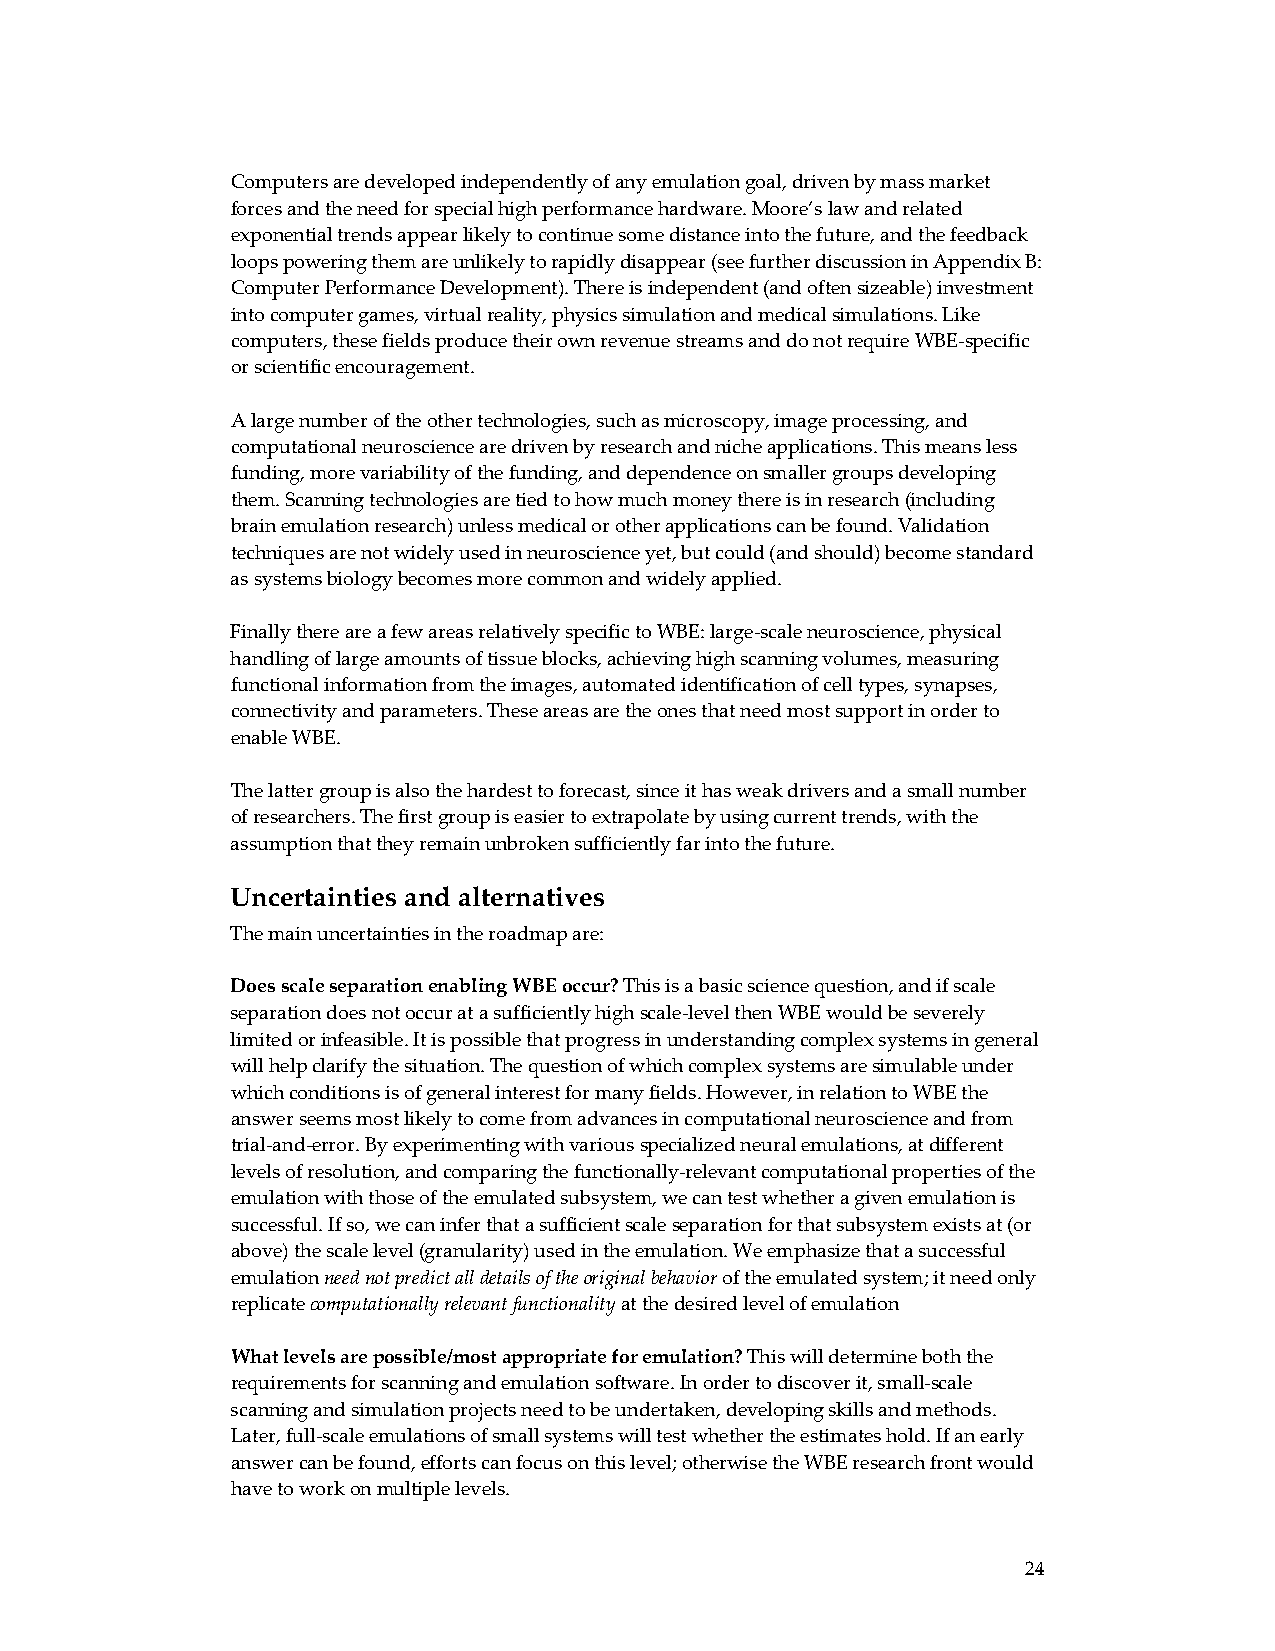
Computers are developed independently of any emulation goal, driven by mass market
 forces and the need for special high performance hardware. Moore’s law and related
 exponential trends appear likely to continue some distance into the future, and the feedback
 loops powering them are unlikely to rapidly disappear (see further discussion in Appendix B:
 Computer Performance Development). There is independent (and often sizeable) investment
 into computer games, virtual reality, physics simulation and medical simulations. Like
 computers, these fields produce their own revenue streams and do not require WBE‐specific
 or scientific encouragement.
 A large number of the other technologies, such as microscopy, image processing, and
 computational neuroscience are driven by research and niche applications. This means less
 funding, more variability of the funding, and dependence on smaller groups developing
 them. Scanning technologies are tied to how much money there is in research (including
 brain emulation research) unless medical or other applications can be found. Validation
 techniques are not widely used in neuroscience yet, but could (and should) become standard
 as systems biology becomes more common and widely applied.
 Finally there are a few areas relatively specific to WBE: large‐scale neuroscience, physical
 handling of large amounts of tissue blocks, achieving high scanning volumes, measuring
 functional information from the images, automated identification of cell types, synapses,
 connectivity and parameters. These areas are the ones that need most support in order to
 enable WBE.
 The latter group is also the hardest to forecast, since it has weak drivers and a small number
 of researchers. The first group is easier to extrapolate by using current trends, with the
 assumption that they remain unbroken sufficiently far into the future.
 Uncertainties and alternatives
 The main uncertainties in the roadmap are:
 Does scale separation enabling WBE occur? This is a basic science question, and if scale
 separation does not occur at a sufficiently high scale‐level then WBE would be severely
 limited or infeasible. It is possible that progress in understanding complex systems in general
 will help clarify the situation. The question of which complex systems are simulable under
 which conditions is of general interest for many fields. However, in relation to WBE the
 answer seems most likely to come from advances in computational neuroscience and from
 trial‐and‐error. By experimenting with various specialized neural emulations, at different
 levels of resolution, and comparing the functionally‐relevant computational properties of the
 emulation with those of the emulated subsystem, we can test whether a given emulation is
 successful. If so, we can infer that a sufficient scale separation for that subsystem exists at (or
 above) the scale level (granularity) used in the emulation. We emphasize that a successful
 emulation need not predict all details of the original behavior of the emulated system; it need only
 replicate computationally relevant functionality at the desired level of emulation
 What levels are possible/most appropriate for emulation? This will determine both the
 requirements for scanning and emulation software. In order to discover it, small‐scale
 scanning and simulation projects need to be undertaken, developing skills and methods.
 Later, full‐scale emulations of small systems will test whether the estimates hold. If an early
 answer can be found, efforts can focus on this level; otherwise the WBE research front would
 have to work on multiple levels.
 24